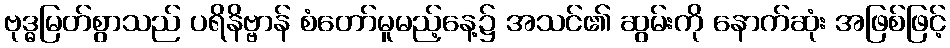
ဗုဒ္ဓမြတ်စွာသည် ပရိနိဗ္ဗာန် စံတော်မူမည့်နေ့၌ အသင်၏ ဆွမ်းကို နောက်ဆုံး အဖြစ်ဖြင့်